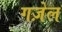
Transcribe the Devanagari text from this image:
गज़ेल